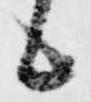
候